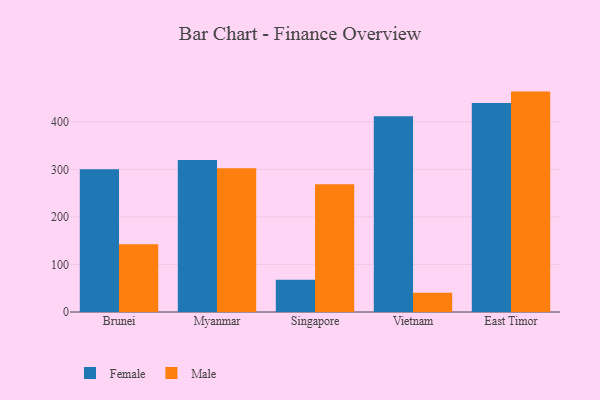
{"axis": {"x": "Country", "y": "Waste Production (Tons)"}, "legend": ["Female", "Male"], "data": [{"x": "Brunei", "y": 300.4, "type": "Female"}, {"x": "Brunei", "y": 142.5, "type": "Male"}, {"x": "Myanmar", "y": 319.9, "type": "Female"}, {"x": "Myanmar", "y": 302.2, "type": "Male"}, {"x": "Singapore", "y": 67.7, "type": "Female"}, {"x": "Singapore", "y": 268.6, "type": "Male"}, {"x": "Vietnam", "y": 411.6, "type": "Female"}, {"x": "Vietnam", "y": 40.3, "type": "Male"}, {"x": "East Timor", "y": 439.3, "type": "Female"}, {"x": "East Timor", "y": 463.5, "type": "Male"}]}